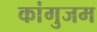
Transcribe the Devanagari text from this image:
कांगुजम